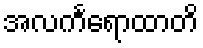
အလင်္ကရောထာတိ